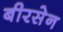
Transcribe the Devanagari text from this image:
बीरसेन